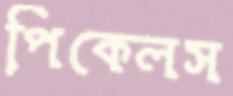
পিকেলস